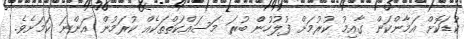
ކުޑަކޮށް އަމާންކަން ގާއިމު ކުރުމަށް ފުލުހުންް ބުރަ މަސައްކަތްތަކެއް ކުރަމުން އަންނަ ކަމަށެވެ.